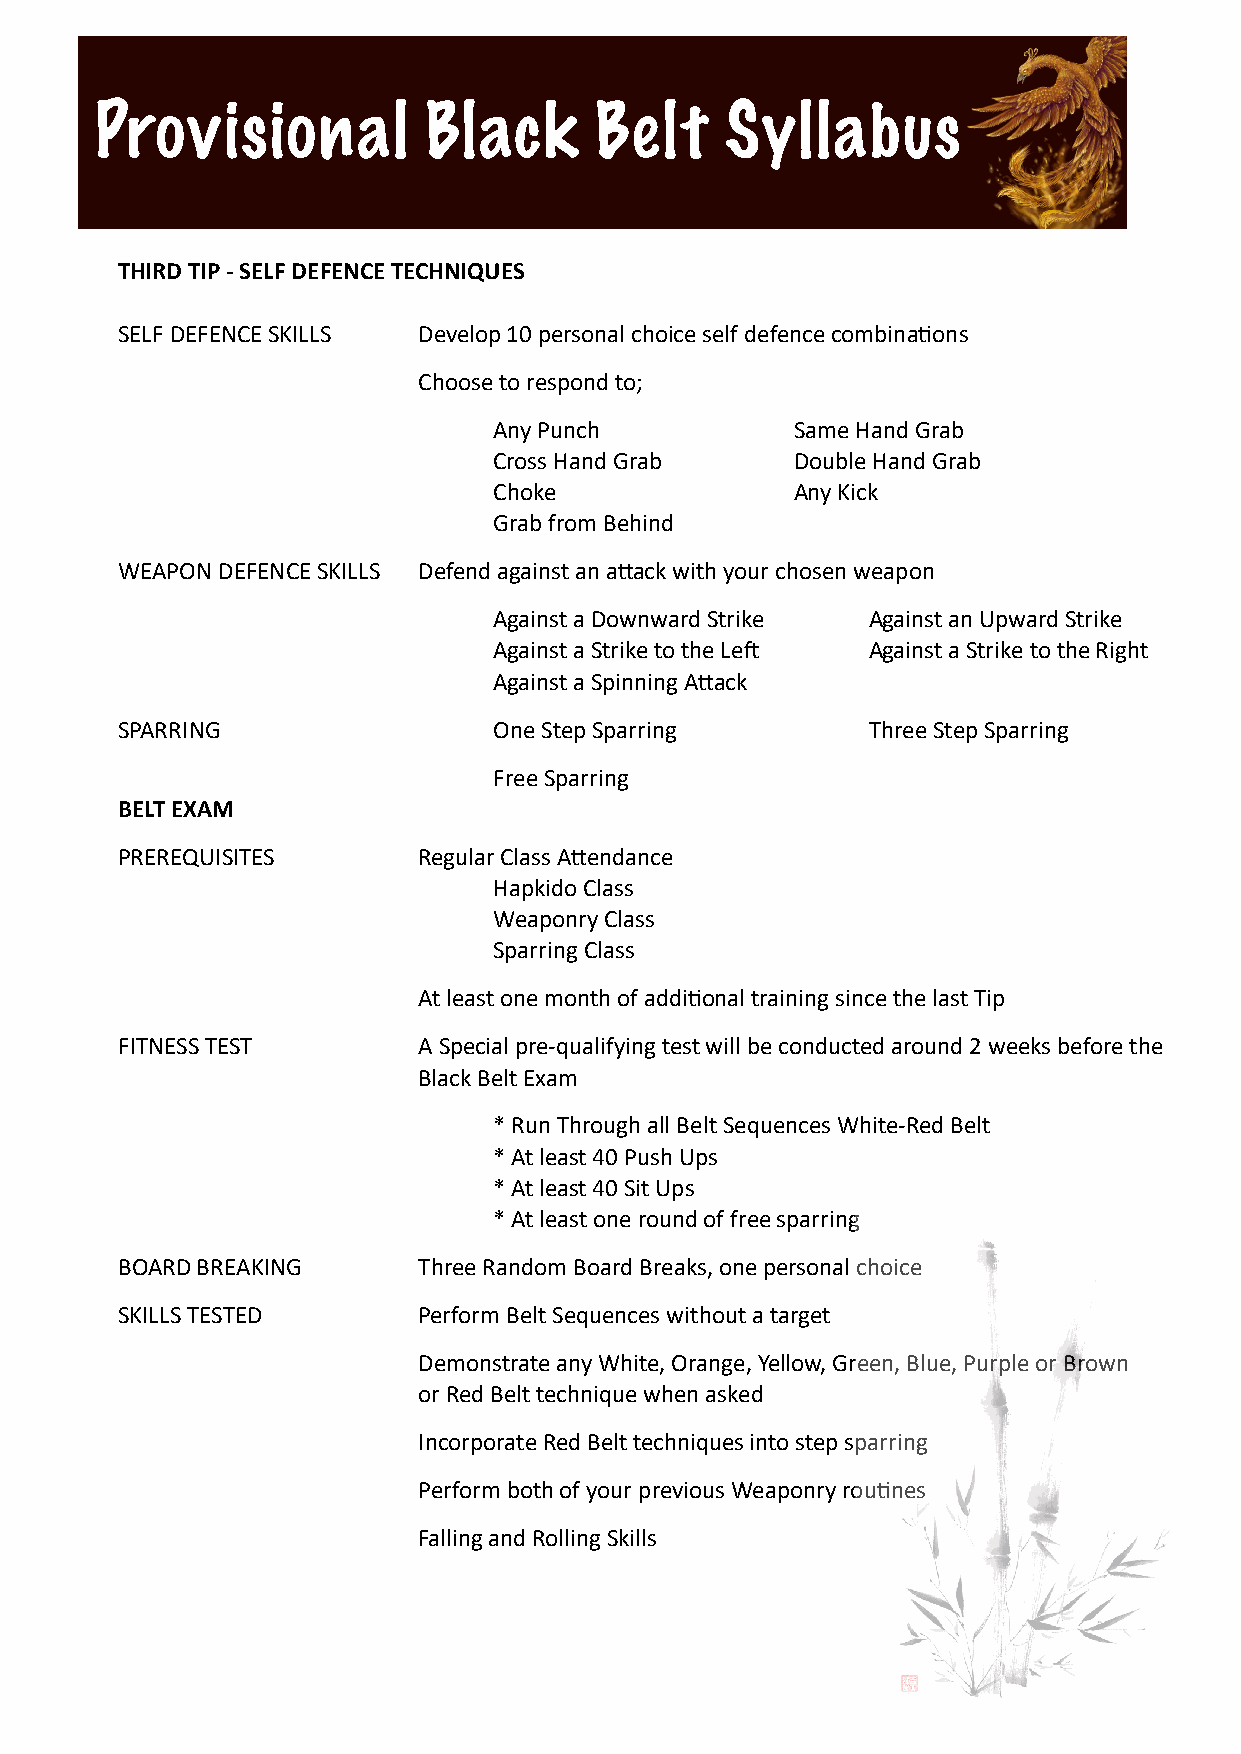
Provisional           Black      Belt     Syllabus
 THIRD TIP - SELF DEFENCE TECHNIQUES
 SELF DEFENCE SKILLS Develop 10 personal choice self defence combinaSons
 Choose to respond to;
 Any Punch           Same Hand Grab
 Cross Hand Grab     Double Hand Grab
 Choke               Any Kick
 Grab from Behind
 WEAPON DEFENCE SKILLS Defend against an aWack with your chosen weapon
 Against a Downward Strike Against an Upward Strike
 Against a Strike to the LeL Against a Strike to the Right
 Against a Spinning AWack
 SPARRING                 One Step Sparring       Three Step Sparring
 Free Sparring
 BELT EXAM
 PREREQUISITES       Regular Class AWendance
 Hapkido Class
 Weaponry Class
 Sparring Class
 At least one month of addiSonal training since the last Tip
 FITNESS TEST        A Special pre-qualifying test will be conducted around 2 weeks before the
 Black Belt Exam
 * Run Through all Belt Sequences White-Red Belt
 * At least 40 Push Ups
 * At least 40 Sit Ups
 * At least one round of free sparring
 BOARD BREAKING      Three Random Board Breaks, one personal choice
 SKILLS TESTED       Perform Belt Sequences without a target
 Demonstrate any White, Orange, Yellow, Green, Blue, Purple or Brown
 or Red Belt technique when asked
 Incorporate Red Belt techniques into step sparring
 Perform both of your previous Weaponry rouSnes
 Falling and Rolling Skills